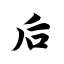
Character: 后